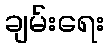
ချမ်းရေး